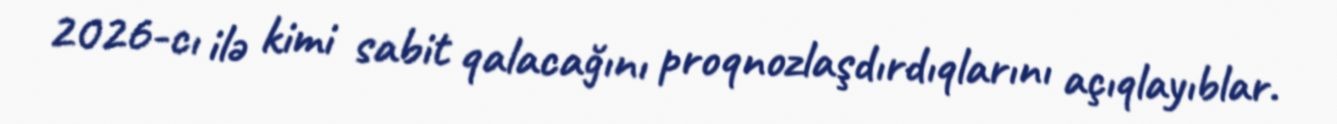
2026-cı ilə kimi sabit qalacağını proqnozlaşdırdıqlarını açıqlayıblar.